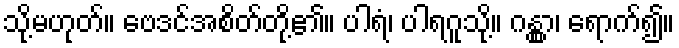
သို့မဟုတ်။ ဗေဒင်အစိတ်တို့၏။ ပါရံ၊ ပါရဂူသို့။ ဂန္တွာ၊ ရောက်၍။